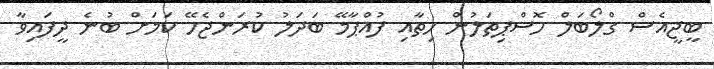
ބީޖީއެސް ގްލޯބަލް ހޮސްޕިތަލުން ހިތާއި ފުއްޕާމޭ ބަދަލު ކުރަންޖެހޭ ކަމަށް ބުނެ ދީފައިވާ